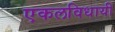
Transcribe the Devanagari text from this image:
एकलविधायी